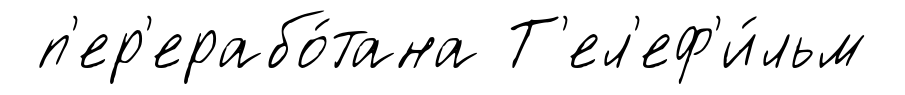
п'ер'ерабо́тана Т'ел'еф'и́льм